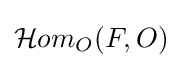
{\mathcal {H}}om_{O}(F,O)